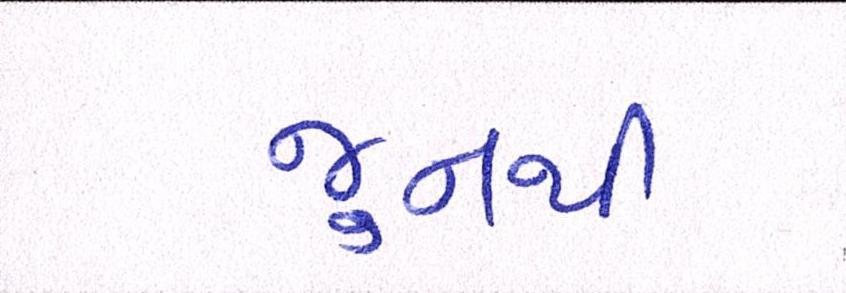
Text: જુનથી